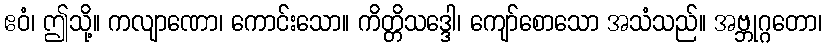
ဧဝံ၊ ဤသို့။ ကလျာဏော၊ ကောင်းသော။ ကိတ္တိသဒ္ဒေါ၊ ကျော်စောသော အသံသည်။ အဗ္ဘုဂ္ဂတော၊